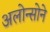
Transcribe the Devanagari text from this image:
अलोन्सोने